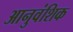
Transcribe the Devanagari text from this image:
आनुवंशिक